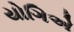
યોગિએ